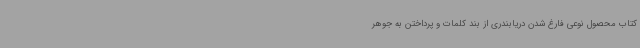
کتاب محصول نوعی فارغ شدن دریابندری از بند کلمات و پرداختن به جوهر